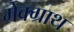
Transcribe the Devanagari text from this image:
मेक्ग्राथ